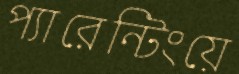
প্যারেন্টিংয়ে